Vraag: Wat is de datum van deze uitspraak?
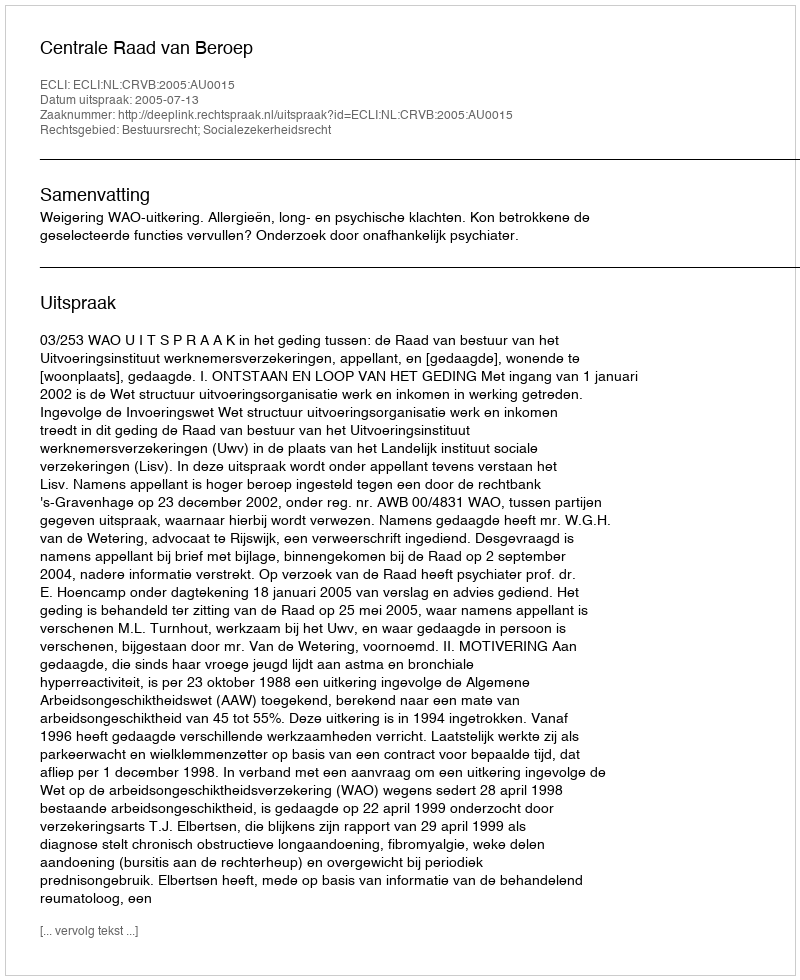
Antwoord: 2005-07-13